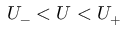
U _ { - } < U < U _ { + }